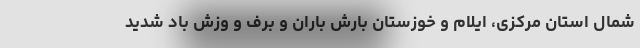
شمال استان مرکزی، ایلام و خوزستان بارش باران و برف و وزش باد شدید